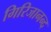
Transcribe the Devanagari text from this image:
गिरिजानन्द